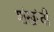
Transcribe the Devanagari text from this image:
शंखांची